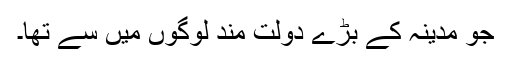
جو مدینہ کے بڑے دولت مند لوگوں میں سے تھا۔